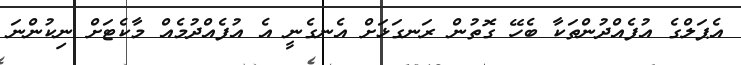
އެޕަލްގެ އުފެއްދުންތަކާ ބެހޭ ގޮތުން ރަނގަޅަށް އެނގެނީ އެ އުފެއްދުމެއް މާކެޓަށް ނިކުންނަ